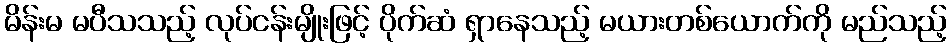
မိန်းမ မပီသသည့် လုပ်ငန်းမျိုးဖြင့် ပိုက်ဆံ ရှာနေသည့် မယားတစ်ယောက်ကို မည်သည့်